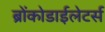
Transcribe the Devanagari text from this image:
ब्रोंकोडाईलेटर्स